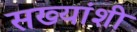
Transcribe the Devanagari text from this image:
सख्यांशी